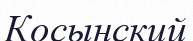
Косынский